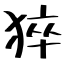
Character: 猝